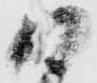
日